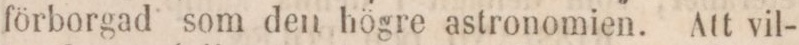
förborgad som den högre astronomien. Att vil-